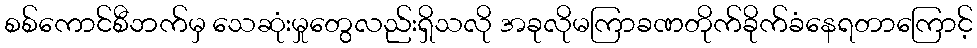
စစ်ကောင်စီဘက်မှ သေဆုံးမှုတွေလည်းရှိသလို အခုလိုမကြာခဏတိုက်ခိုက်ခံနေရတာကြောင့်